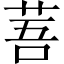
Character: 䓊